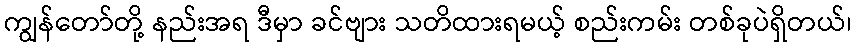
ကျွန်တော်တို့ နည်းအရ ဒီမှာ ခင်ဗျား သတိထားရမယ့် စည်းကမ်း တစ်ခုပဲရှိတယ်၊